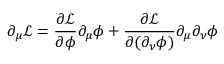
\partial _ { \mu } { \mathcal { L } } = { \frac { \partial { \mathcal { L } } } { \partial \phi } } \partial _ { \mu } \phi + { \frac { \partial { \mathcal { L } } } { \partial ( \partial _ { \nu } \phi ) } } \partial _ { \mu } \partial _ { \nu } \phi